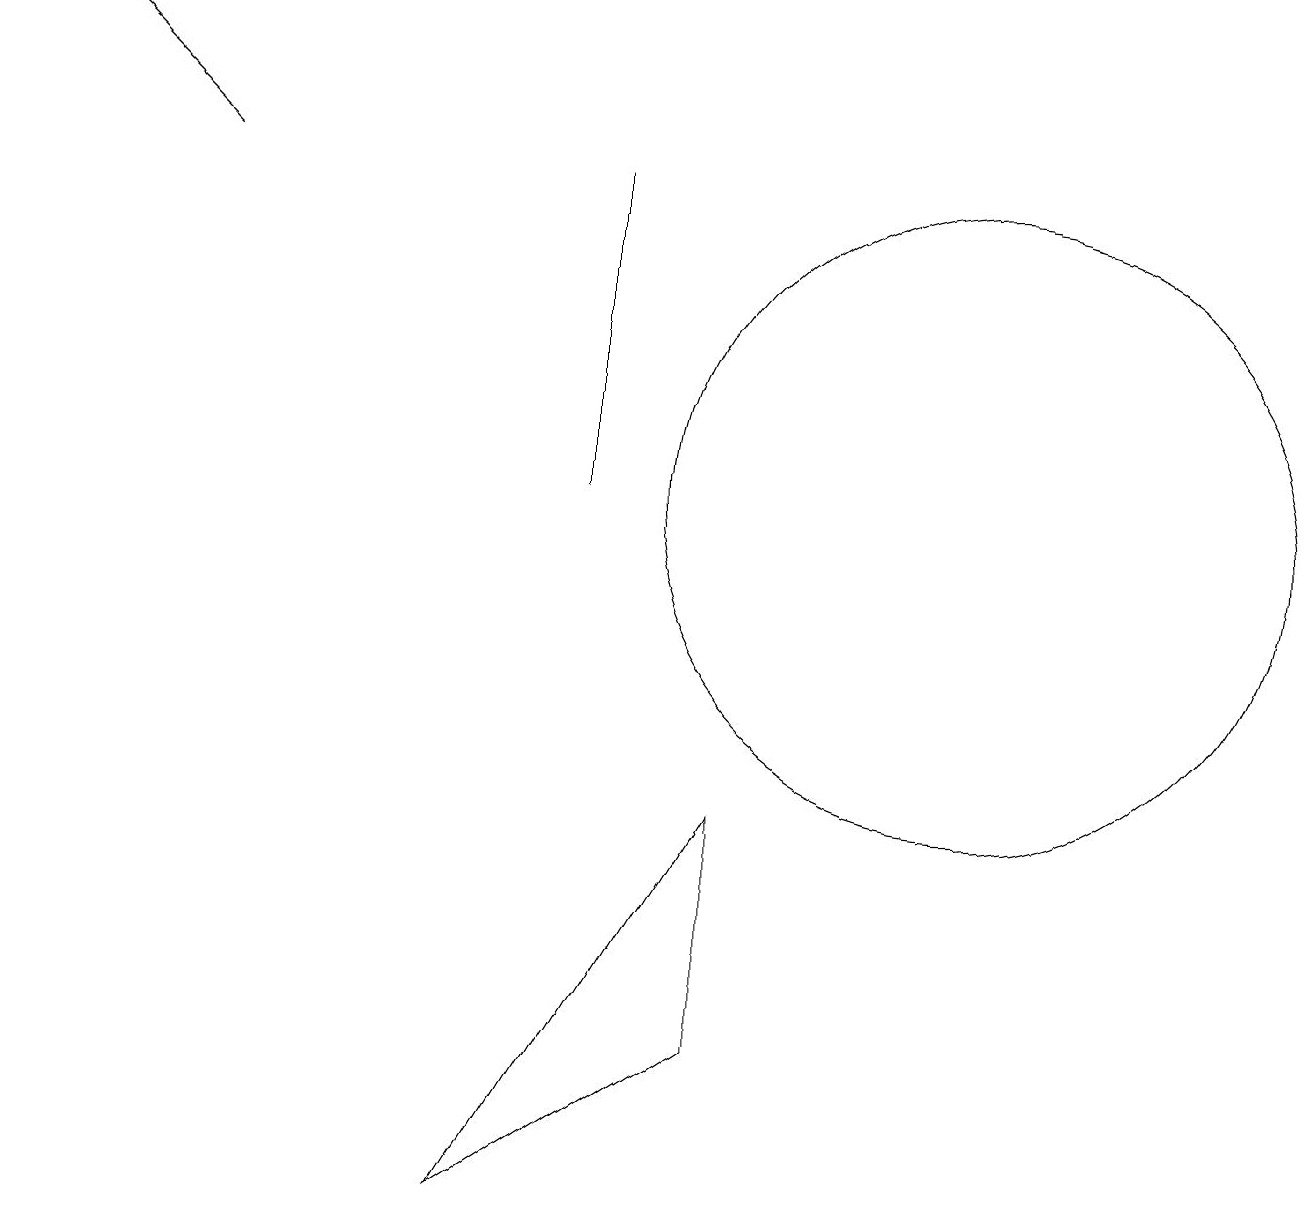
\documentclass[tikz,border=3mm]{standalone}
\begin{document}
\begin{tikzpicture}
\draw[->] (2,14) -- (0,16);
\draw (12,10) circle (4);
\draw (7,10) rectangle (7,14);
\draw (9,3) -- (6,1) -- (9,6) -- cycle;
\draw (9,15) rectangle (9,15);
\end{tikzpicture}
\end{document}